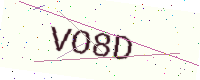
Text: VO8D